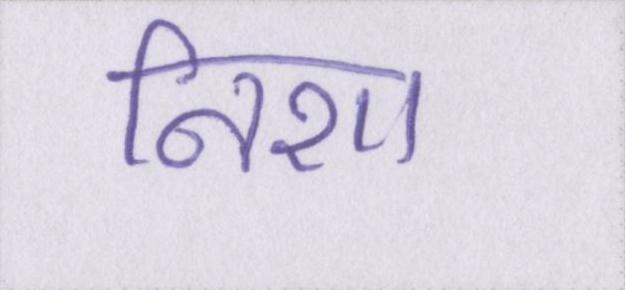
निशा